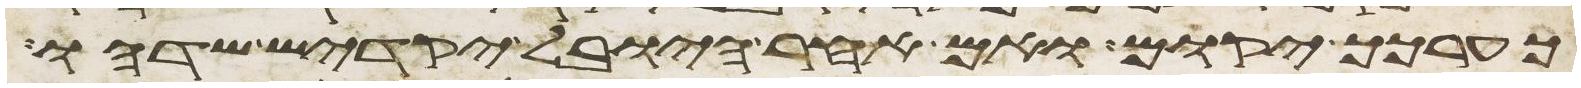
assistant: כערכך יקום ואם אחר היובל יקדיש שדהו